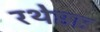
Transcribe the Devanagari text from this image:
रथेष्ठाः